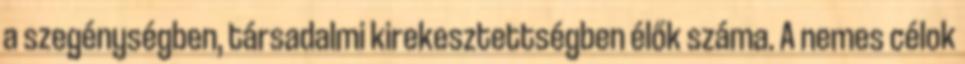
a szegénységben, társadalmi kirekesztettségben élők száma. A nemes célok